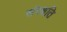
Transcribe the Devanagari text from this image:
संरक्षति